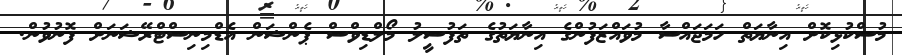
މުސްކުޅިކޮށް އިނާޔަތް ހަމަޖައްސާ މުވައްޒަފުންގެ އިނާޔަތުގެ ތަފުސީލު މޯލްޑިވްސް ޕެންޝަން އެޑްމިނިސްޓްރޭޝަނަށް ފޮނުވުން.